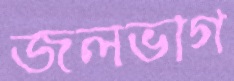
জলভাগ